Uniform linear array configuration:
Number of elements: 4
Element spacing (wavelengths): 0.75
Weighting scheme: hann
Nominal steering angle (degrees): -45
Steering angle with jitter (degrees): -45.323
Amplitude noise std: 0.05
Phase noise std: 0.05

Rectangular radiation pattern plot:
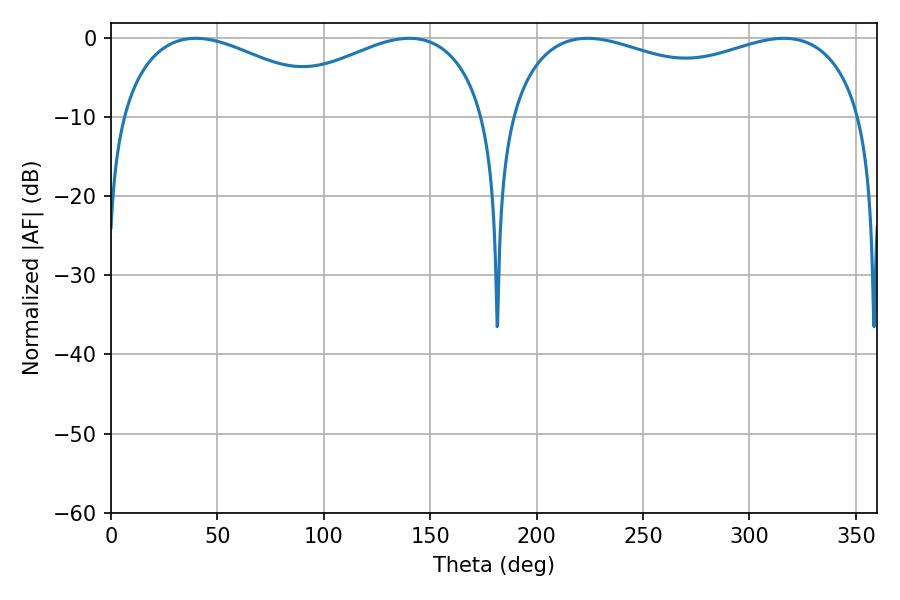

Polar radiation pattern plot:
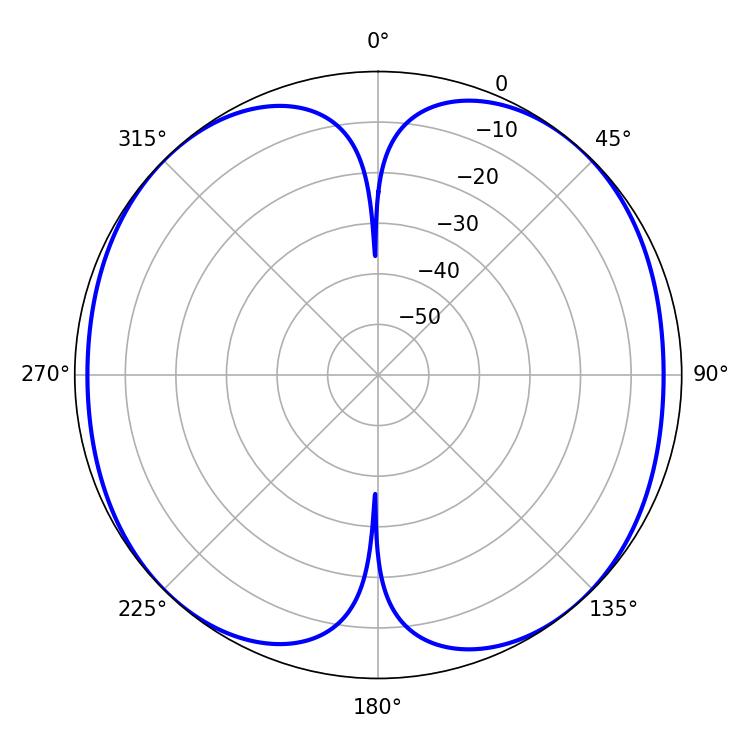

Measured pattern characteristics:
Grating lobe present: TRUE
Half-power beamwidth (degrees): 58.86
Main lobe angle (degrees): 39.78